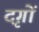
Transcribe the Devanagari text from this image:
दृगों